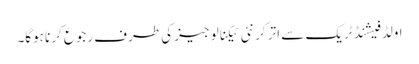
اولڈ فیشنڈ ٹریک سے اتر کر نئی ٹیکنالوجیز کی طرف رجوع کرنا ہوگا۔